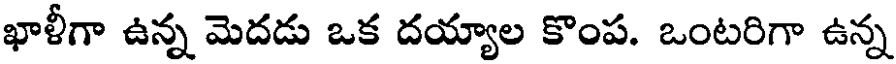
ఖాళీగా ఉన్న మెదడు ఒక దయ్యాల కొంప. ఒంటరిగా ఉన్న